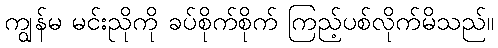
ကျွန်မ မင်းညိုကို ခပ်စိုက်စိုက် ကြည့်ပစ်လိုက်မိသည်။